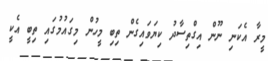
މީރާ އެކަނި ނޫން އިގްތިސާދު ކިޔަވައިގެން ތިބި މީހުން މިގައުމުގައި ތިބީ އެކީ